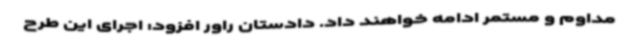
مداوم و مستمر ادامه خواهند داد. دادستان راور افزود: اجرای این طرح